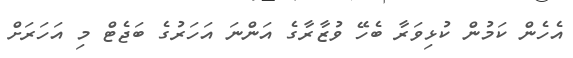
އެހެން ކަމުން ކުޅިވަރާ ބެހޭ ވުޒާރާގެ އަންނަ އަހަރުގެ ބަޖެޓް މި އަހަރަށް